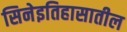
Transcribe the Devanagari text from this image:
सिनेइतिहासातील